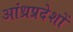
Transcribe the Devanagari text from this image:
आंध्रप्रदेशों